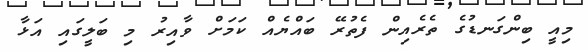
މިއީ ބިންގަނޑުގެ ތެރެއިން ފެތުރޭ ބައްޔެއް ކަމަށް ވާއިރު މި ބަލީގައި އަޅާ